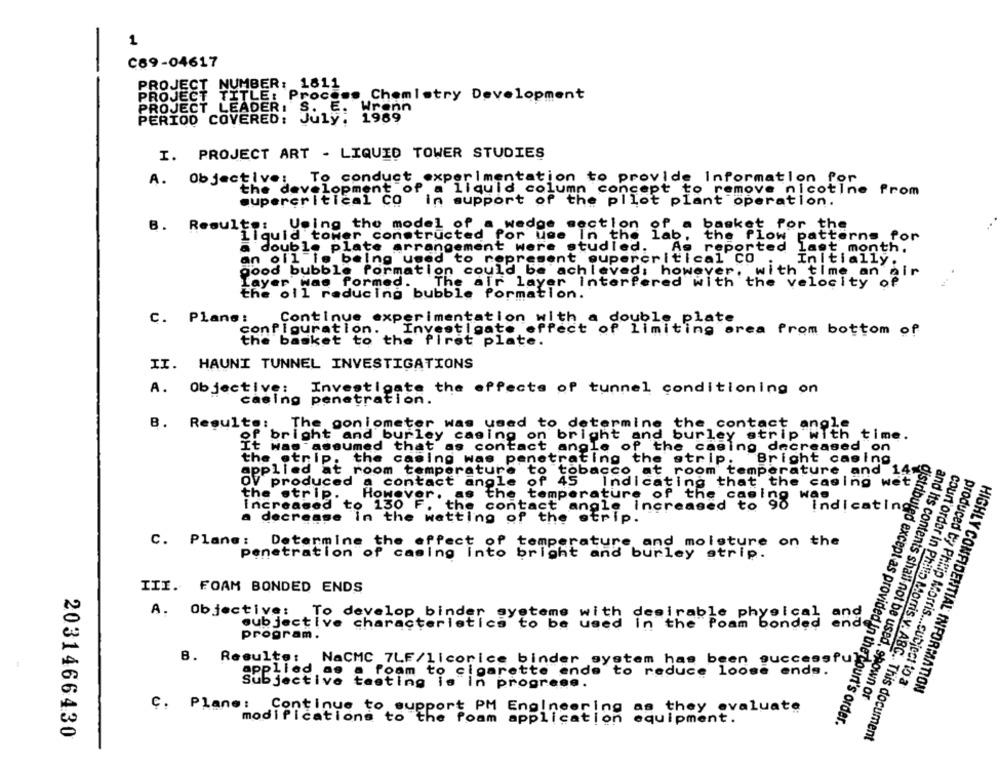
1
C69-04617
PROJECT NUMBER: 1811
PROJECT TITLE: Process
Chemistry Development
PROJECT LE
Wrenn
PERIOD COVERED: July, 1989
LEADER. S. : 1989
I. PROJECT ART - LIQUID TOWER STUDIES
A. Objective: To conduct experimentation to provide Information for
the development of a liquid column concept to remove nicotine from
supercritical Co
supercritical CO in support of the pllot plant operation.
B. Results: Using the model of a wedge section
basket for the
1lquid tower constructed for use in the lab.
a double plate arrangement were studied.
As reported last month.
an oil is being used to represent supercritical CO
Initially.
good bubble formation could be achieved: however, with time an air
Layer was formed.
The air layer interfered with the velocity of
the oll reducing bubble formation.
C. Plane:
Continue experimentation with
double plate
configuration.
Investigate effect of limiting orea from bottom of
the basket to the first plate.
II. HAUNI TUNNEL INVESTIGATIONS
A. Objective:
Investigate the effects of tunnel conditioning on
casing penetration.
B. Resulte: The goniometer was used to determine the contact angle
of bright and burley casing on bright and burley strip with time.
It was assumed that as contact angle
the etnip.
the casing was penetrating the strip.
Bright casing
applied at room temperature to tobacco at room temperature and 14 5
produced a contact angle of 45
Indicating that the casing wet
the strip.
However.
as the temperature of the casing
was
increased to 130 F. the contact angle increased to 90
Indicating
a decreas
n the wetting of
of the strip .
C. Plane :
penetration of casing into bright and bung molature on the
Determine the effect of
III. FOAM BONDED ENDS
A. Objective:
To develop binder systems with desirable physical and
subjective characteristics to be used in the Poam bonded end
program.
B.
Resulte:
NaCMC 7LF/licorice binder system has been successful
applied
as a foam to cigarette ende to reduce loose ends.
Subjective testing is
In
progrese.
produced by Philip Morris ... subject to a
HIGHLY CONFIDENTIAL INFORMATION
and its contents shall not be used, shown or
Ç. Plane:
Continue to support PM Engineering as they evaluate
modifications to the room application equipment.
distributed except as provided In the court's order.
2031466430
court order in Philip Morris v. ABC. This document